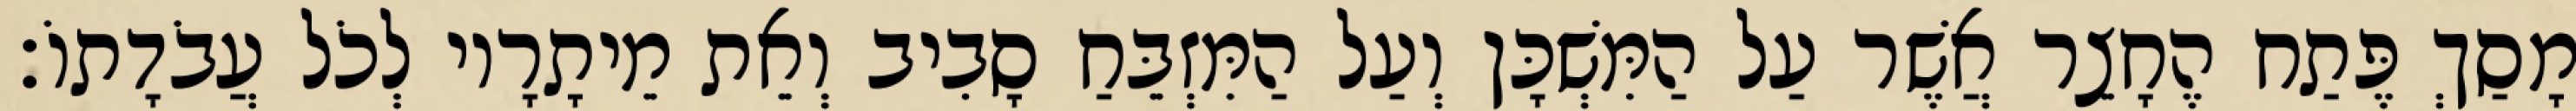
מָסַךְ פֶּתַח הֶחָצֵר אֲשֶׁר עַל הַמִּשְׁכָּן וְעַל הַמִּזְבֵּחַ סָבִיב וְאֵת מֵיתָרָיו לְכֹל עֲבֹדָתוֹ׃